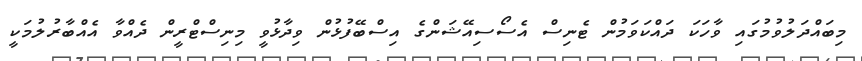
މިބައްދަލުވުމުގައި ވާހަކަ ދައްކަވަމުން ޓެނިސް އެސޯސިއޭޝަންގެ އިސްބޭފުޅުން ވިދާޅުވީ މިނިސްޓްރީން ދެއްވާ އެއްބާރުލުމަކީ